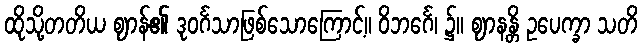
ထိုသို့တတိယ ဈာန်၏ ဒုဝင်္ဂသာဖြစ်သောကြောင့်။ ဝိဘင်္ဂေ၊ ၌။ ဈာနန္တိ ဥပေက္ခာ သတိ